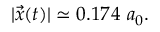
| \vec { x } ( t ) | \simeq 0 . 1 7 4 ~ a _ { 0 } .